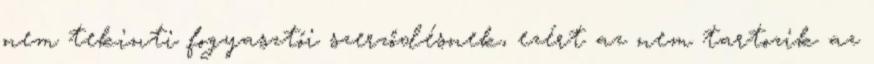
nem tekinti fogyasztói szerződésnek, ezért az nem tartozik az